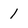
Character: 1